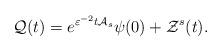
LaTeX: \begin{align*}\mathcal{Q}(t)=e^{\varepsilon ^{-2}t\mathcal{A}_{s}}\psi (0)+\mathcal{Z}^{s}(t). \end{align*}